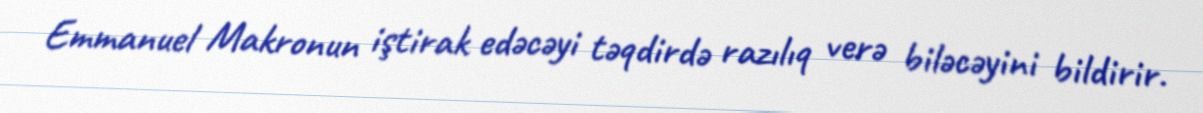
Emmanuel Makronun iştirak edəcəyi təqdirdə razılıq verə biləcəyini bildirir.